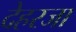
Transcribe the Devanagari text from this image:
देहरजा